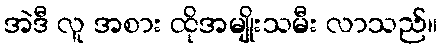
အဲဒီ လူ အစား ထိုအမျိုးသမီး လာသည်။